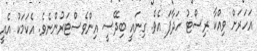
އަހަރަށް ވިއްކާ ރިސޯޓު ހަދާފަ އެވެ. ގިނައީ ބިދޭސީ އިންވެސްޓަރުންނެވެ. އެކަމަކު އެއީ